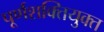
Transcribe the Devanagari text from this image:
पूर्णशक्तियुक्त